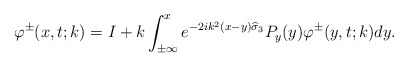
\begin{align*}\varphi^{\pm}(x,t;k)=I+k\int_{ \pm \infty }^{ x }e^{-2ik^2(x-y)\widehat{\sigma}_3}P_y(y)\varphi^{\pm}(y,t;k) dy. \end{align*}